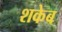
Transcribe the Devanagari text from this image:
शकेब